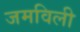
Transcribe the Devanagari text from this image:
जमविली